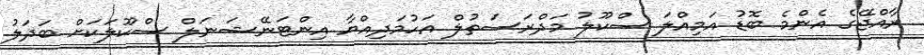
ރާއްޖޭގެ އެންމެ ބޮޑު އަމިއްލަ ސްކޫލު މަދްރަސަތުލް އަހުމަދިއްޔާ އިންޓަނޭޝަނަލް ސްކޫލަކަށް ބަދަލު